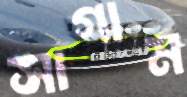
সাগাম